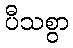
ပီသစွာ